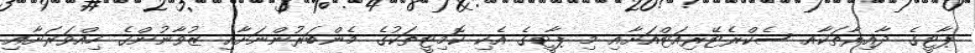
ޕާޓީގެ ދާއިރާތަކާއ ސެކްރެޓޭރިއަޓްއަށާއި މި ޕާޓީގެ އެކި ކޮމިޓީތަކުގެ މެންބަރުންނަށާއި ޒުވާނުންގެ ހިއްވަރަށާއި